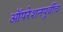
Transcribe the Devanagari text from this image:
ऑपरेशनपूर्वीच